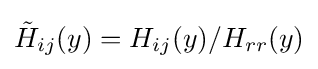
{\tilde {H}}_{ij}(y)=H_{ij}(y)/H_{rr}(y)